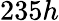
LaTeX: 235h